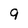
Character: 9